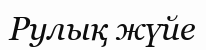
Рулық жүйе